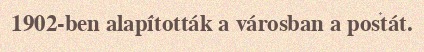
1902-ben alapították a városban a postát.